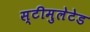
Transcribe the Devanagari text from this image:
स्टीमुलेटेड